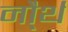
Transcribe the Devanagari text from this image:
नौ्र्थ